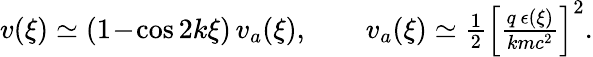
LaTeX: \begin{array}{r}{v(\xi)\simeq(1\! -\! \cos 2k\xi)\, v_{a}(\xi),\qquad v_{a}(\xi)\simeq\frac 12\left[\frac{q\, \epsilon(\xi)}{kmc^{2}}\right]^{2}.}\end{array}